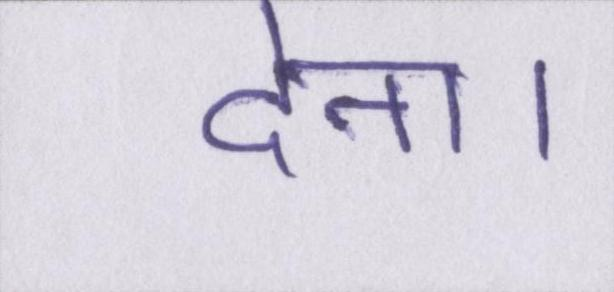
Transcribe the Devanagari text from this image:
देना।